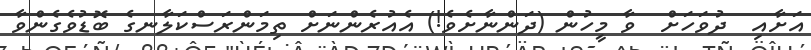
އަށާއި  ދުވަހަށް  ވާ މީހުން (ދަންނާށެވެ!) އެއުރެންނަށް ތިމަންރަސްކަލާނގެ ބޮޑުވެގެންވާ